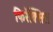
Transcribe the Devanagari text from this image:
फिरॅक्सिस